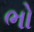
ભો